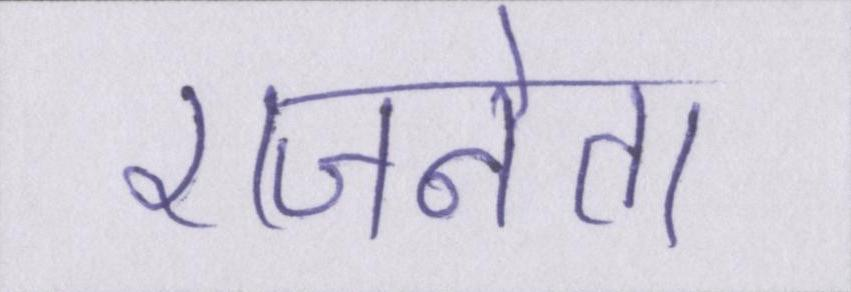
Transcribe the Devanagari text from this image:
राजनेता